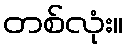
တစ်လုံး။